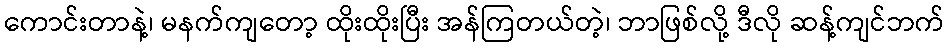
ကောင်းတာနဲ့၊ မနက်ကျတော့ ထိုးထိုးပြီး အန်ကြတယ်တဲ့၊ ဘာဖြစ်လို့ ဒီလို ဆန့်ကျင်ဘက်